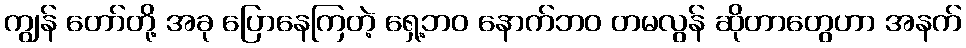
ကျွန် တော်တို့ အခု ပြောနေကြတဲ့ ရှေ့ဘဝ နောက်ဘဝ တမလွန် ဆိုတာတွေဟာ အနက်